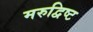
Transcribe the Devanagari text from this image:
मरुद्विष्ट